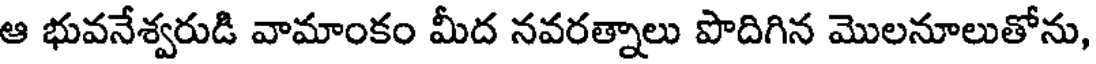
ఆ భువనేశ్వరుడి వామాంకం మీద నవరత్నాలు పొదిగిన మొలనూలుతోను,